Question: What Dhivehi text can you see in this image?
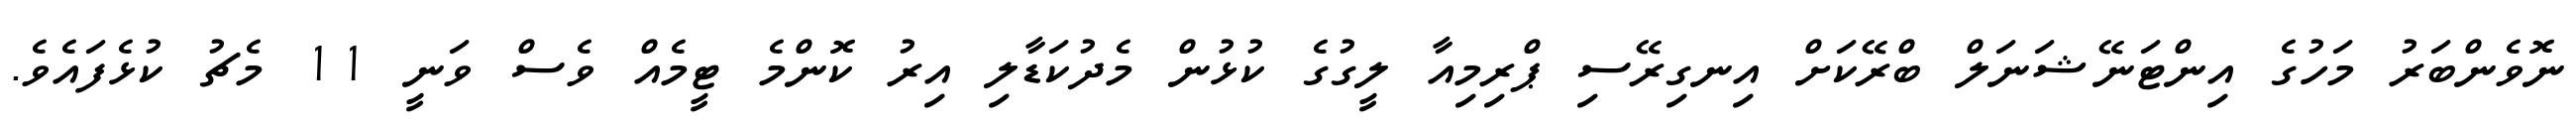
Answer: ނޮވެންބަރު މަހުގެ އިންޓަނޭޝަނަލް ބްރޭކަށް އިނގިރޭސި ޕްރިމިއާ ލީގުގެ ކުޅުން މެދުކަޑާލި އިރު ކޮންމެ ޓީމެއް ވެސް ވަނީ 11 މެޗު ކުޅެފައެވެ.